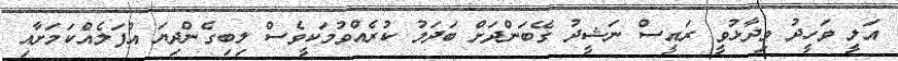
އަލީ ވަހީދު ވިދާޅުވީ ރައީސް ނަޝީދު ގޭބަންދަށް ބަދަލު ކުރެއްްވުމަކީވެސް ލިބިގެންދިޔަ އުފަލެއްކަމަށާއި